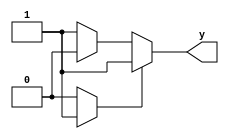
module multiple_drivers (
    output wire y
);

    // Signal declaration
    wire signal_a;
    wire signal_b;

    // Continuous assignments simulating multiple drivers
    assign signal_a = (some_condition_a) ? 1'b1 : 1'b0; // Driver A
    assign signal_b = (some_condition_b) ? 1'b0 : 1'b1; // Driver B

    // Final output driven by signal_a and signal_b
    assign y = (signal_a) ? signal_a : signal_b; // Resolving conflicts based on conditions

endmodule